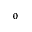
_ 0